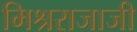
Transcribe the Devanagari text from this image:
मिश्रराजाजी